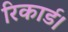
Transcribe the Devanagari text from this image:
रिकार्ड।